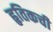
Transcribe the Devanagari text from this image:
हृतिकची